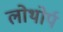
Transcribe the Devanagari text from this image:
लोथोर्प